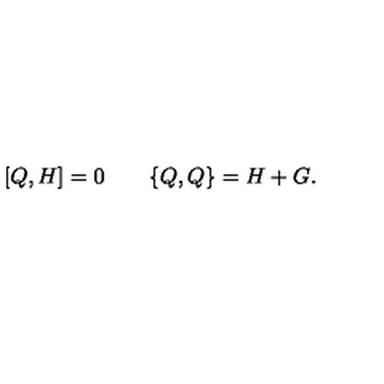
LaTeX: [ Q , H ] = 0 \qquad \{ Q , Q \} = H + G .